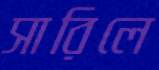
সারিলে